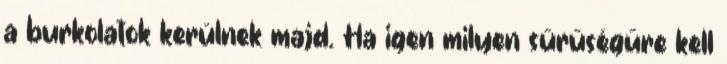
a burkolatok kerülnek majd. Ha igen milyen sűrűségűre kell